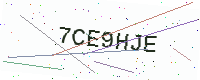
Text: 7CE9HJE